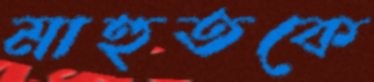
মাহুতকে